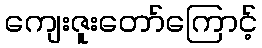
ကျေးဇူးတော်ကြောင့်